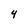
Character: 4